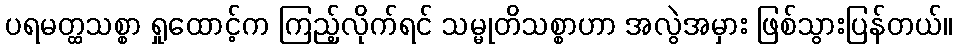
ပရမတ္ထသစ္စာ ရှုထောင့်က ကြည့်လိုက်ရင် သမ္မုတိသစ္စာဟာ အလွဲအမှား ဖြစ်သွားပြန်တယ်။